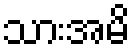
သားအမိ